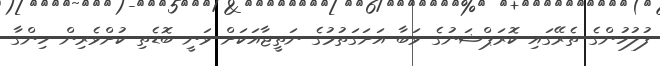
ފުލުހުންގެ ތެރޭގައި ކޮރަޕްޝަނުގެ ވަބާ އަށަގަތުމުގެ ނަތީޖާއަކަށް ވަނީ ބޮޑެތި ކުށްވެރިން ހިންގާ